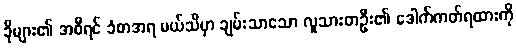
ခိုများ၏ အစီရင် ခံစာအရ မယ်သီမှာ ချမ်းသာသော လူသားတဦး၏ ဒေါက်ကတ်ရထားကို